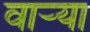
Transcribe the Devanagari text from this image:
वार्‍या